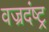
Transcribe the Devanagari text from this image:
वज्रदंष्ट्र